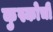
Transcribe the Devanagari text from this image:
कुस्कोची